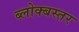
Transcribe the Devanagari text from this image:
ब्लोक्बस्तर